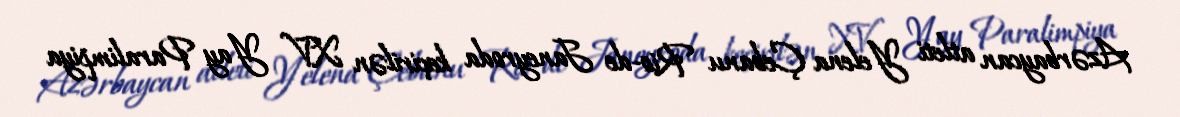
Azərbaycan atleti Yelena Çebanu Rio-de Janeyroda keçirilən XV Yay Paralimpiya